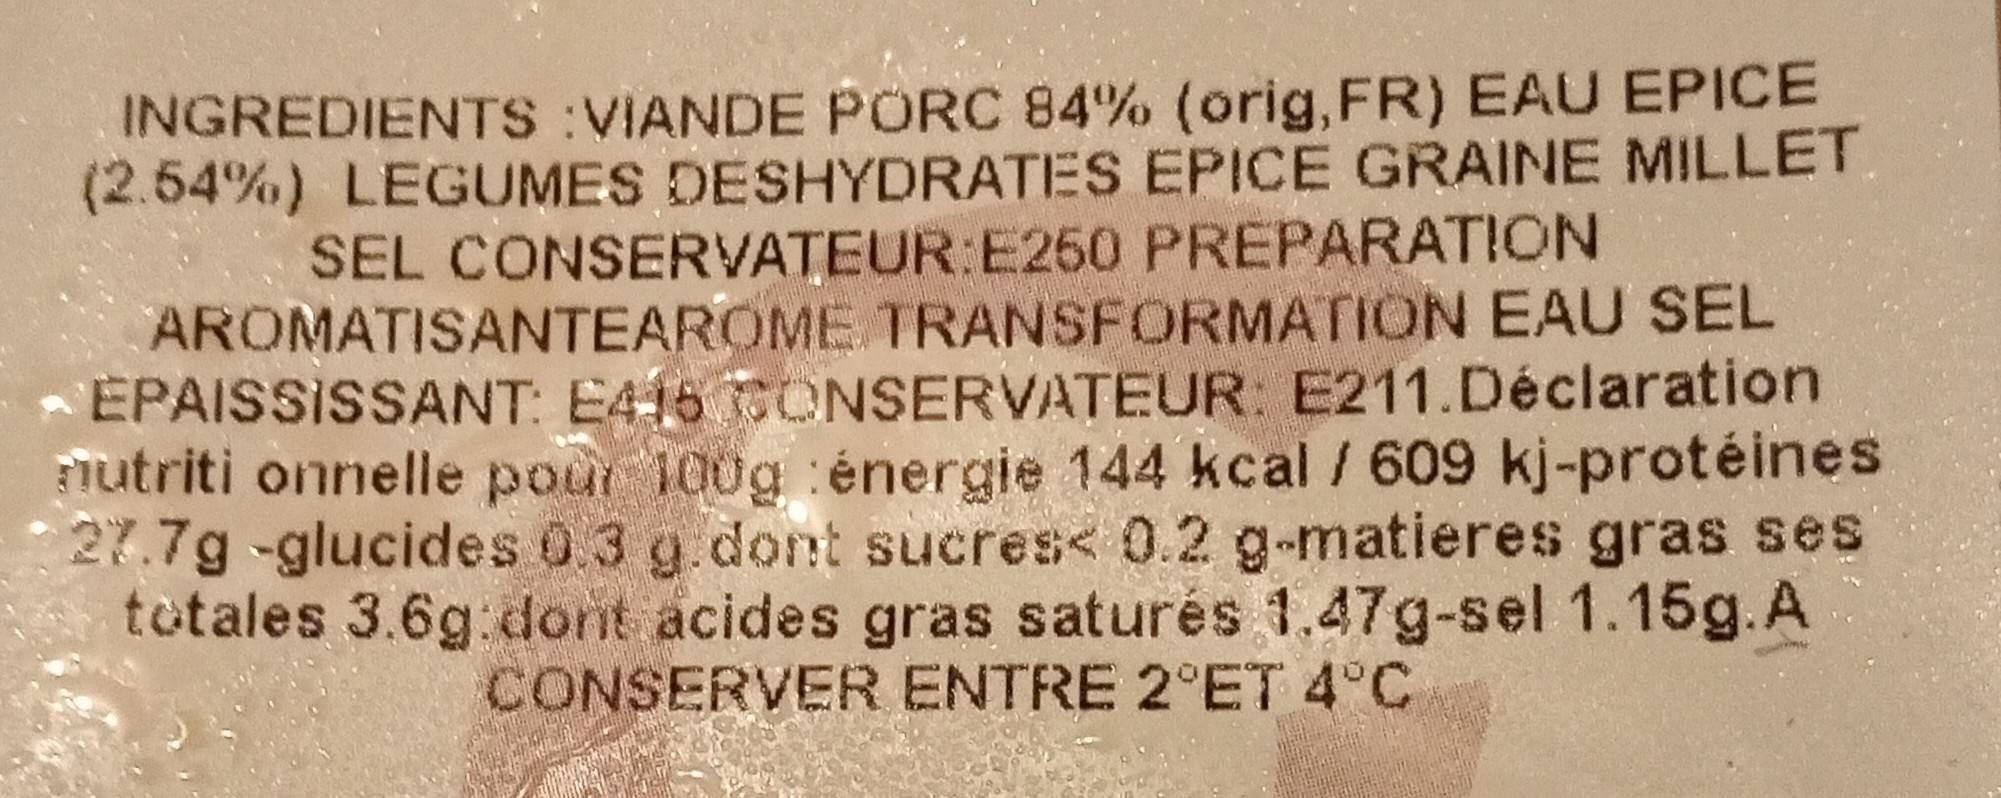
INGREDIENTS :VIANDE PORC 84% (orig, FR) EAU EPICE (2.54%) LEGUMES DESHYDRATES EPICE GRAINE MILLET SEL CONSERVATEUR:E250 PREPARATION AROMATISANTEAROME TRANSFORMATION EAU SEL ÉPAISSISSANT: E416 CONSERVATEUR: E211.Déclaration nutriti onnelle pour 100g énergie 144 kcal / 609 kj-protéines 27.7g-glucides 0.3 g.dont sucres< 0.2 g-matieres gras ses totales 3.6g dont acides gras saturés 1.47g-sel 1.15g.A CONSERVER ENTRE 2°ET 4°C